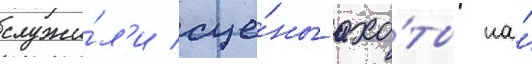
служи́л'и сце́ны охо́ты на́